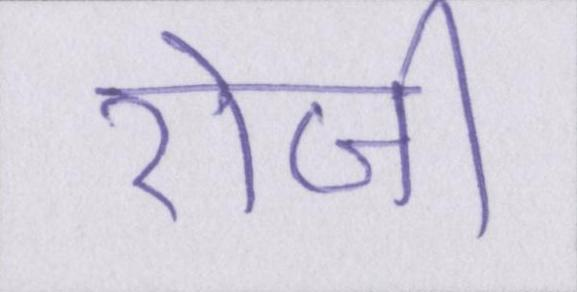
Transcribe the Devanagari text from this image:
रोजी